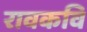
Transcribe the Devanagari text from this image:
रावकवि